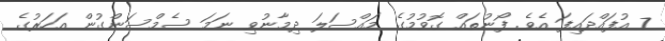
7 އުފައްދައިފަ އެވެ. ފޯނުތައް ގޮވުމުގެ މައްސަލަ ދިމާނުވި ނަމަ ސެމްސަންގުން އަހަރުގެ